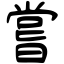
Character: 嘗